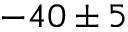
- 4 0 \pm 5